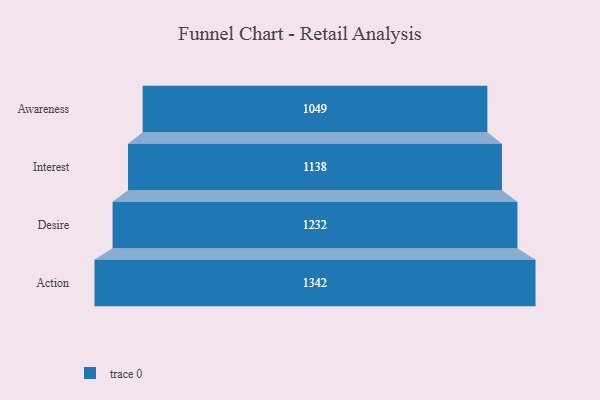
{"axis": {"x": "Stage", "y": "Value"}, "legend": [""], "data": [{"x": "Awareness", "y": 1049.0, "type": ""}, {"x": "Interest", "y": 1138.0, "type": ""}, {"x": "Desire", "y": 1232.0, "type": ""}, {"x": "Action", "y": 1342.0, "type": ""}]}